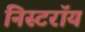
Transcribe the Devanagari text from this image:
निस्टरॉय